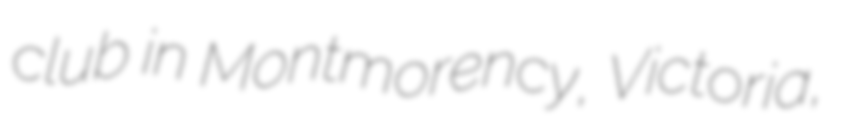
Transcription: club in Montmorency, Victoria,